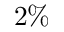
2 \%